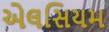
એલસિયમ